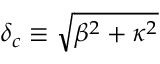
\delta _ { c } \equiv \sqrt { \beta ^ { 2 } + \kappa ^ { 2 } }